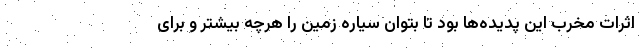
اثرات مخرب این پدیده‌ها بود تا بتوان سیاره زمین را هرچه بیشتر و برای